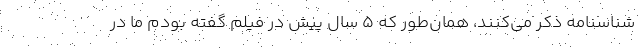
شناسنامه ذکر می‌کنند، همان‌طور که 5 سال پیش در فیلم گفته بودم ما در